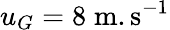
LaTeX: u_{G}=\mathrm{8}\; \mathrm{m}.\mathrm{s}^{-1}